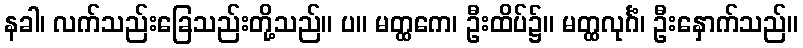
နခါ၊ လက်သည်းခြေသည်းတို့သည်။ ပ။ မတ္ထကေ၊ ဦးထိပ်၌။ မတ္ထလုင်္ဂံ၊ ဦးနှောက်သည်။